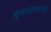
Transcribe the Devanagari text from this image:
मृतयोपरांत